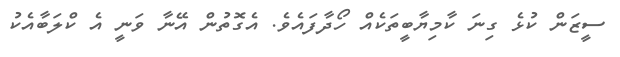
ސީޒަން ކުޅެ ގިނަ ކާމިޔާބީތަކެއް ހޯދާފައެވެ. އެގޮތުން އޭނާ ވަނީ އެ ކްލަބާއެކު